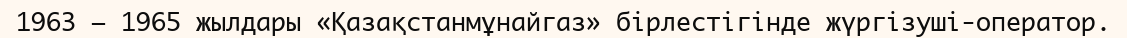
1963 – 1965 жылдары «Қазақстанмұнайгаз» бірлестігінде жүргізуші-оператор.